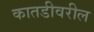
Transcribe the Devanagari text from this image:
कातडीवरील